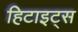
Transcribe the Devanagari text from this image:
हिटाइट्स